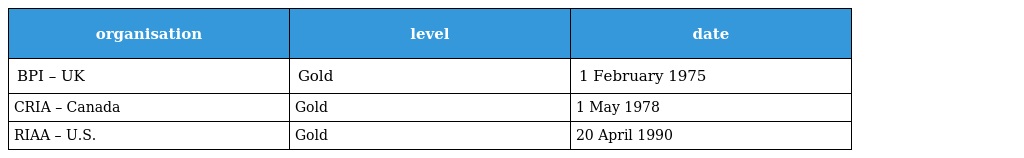
| organisation | level | date |
 | --- | --- | --- |
 | BPI – UK | Gold | 1 February 1975 |
 | CRIA – Canada | Gold | 1 May 1978 |
 | RIAA – U.S. | Gold | 20 April 1990 |